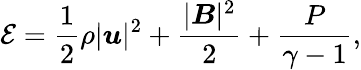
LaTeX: \mathcal{E}=\frac{1}{2}\rho|\boldsymbol{u}|^{2}+\frac{|\boldsymbol{B}|^{2}}{2}+\frac{P}{\gamma-1},